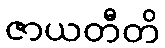
ဇာယတီတိ